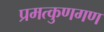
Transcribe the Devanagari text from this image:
प्रमत्कुणगण